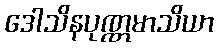
ဒေါသိနပုဏ္ဏမာသိယာ